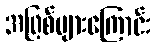
အဖြစ်များကြောင်း